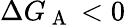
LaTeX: \Delta G_{\mathrm{~A~}}<0